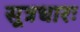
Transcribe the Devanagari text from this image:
सूत्रधारः